Vaccine operations Central Provinces 1900-1911 - 1900-1911
Year: 1900
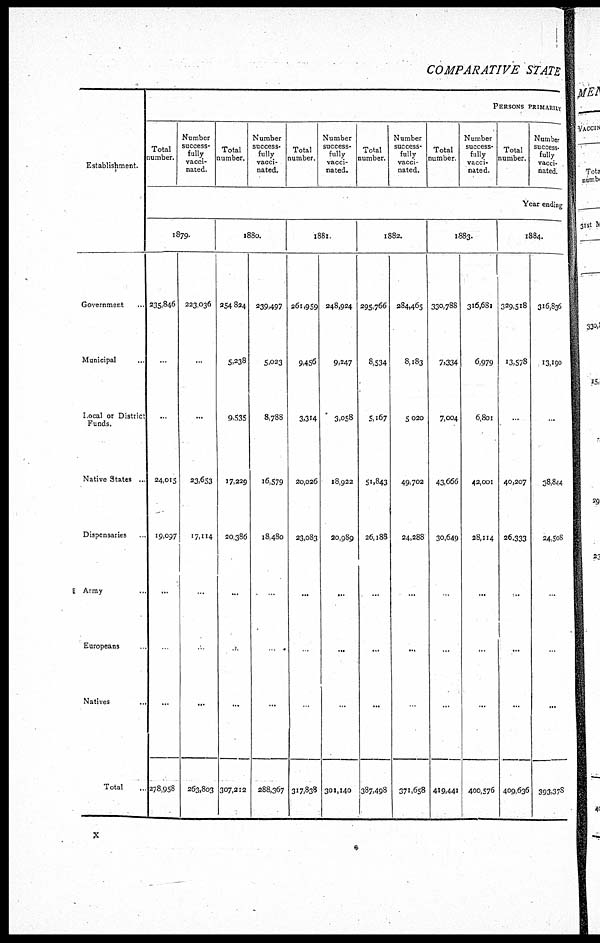
COMPARATIVE STATE
Establishment.
Government ...
Municipal
...
Local or District
Funds.
Native States ...
Dispensaries ...
Army ...
Europeans ...
Natives ...
Total ...
PERSONS PRIMARILY
Total
number.
Number
success¬
fully
vacci¬
nated.
Total
number.
Number
success¬
fully
vacci-
nated.
Total
number.
Number
success¬
fully
vacci-
nated.
Total
number.
Number
success¬
fully
vacci-
nated.
Total
number
Number
success-
fully
vacci-
nated.
Total
number.
Number
success-
fully
vacci-
nated.
Year ending
1879.
235,846
...
...
24,015
19,097
...
...
...
278,958
223,036
...
...
23,653
17,114
...
...
...
263,803
1880.
254,824
5,238
9,535
17,229
20,386
...
...
...
307,212
239,497
5,023
8,788
16,579
18,480
. ...
...
...
288,367
1881.
261,959
9,456
3,314
20,026
23,083
...
...
...
317,838
248,924
9,247
3,058
18,922
20,989
...
...
...
301,140
1882.
295,766
8,534
5,167
51,843
26,188
...
...
...
387,498
284,465
8,183
5,020
49,702
24,288
...
...
...
371,658
1883.
330,788
7,334
7,004
43,666
30,649
...
...
...
419,441
316,681
6,979
6,801
42,001
28,114
...
...
...
400,576
1884.
329,518
13,578
...
40,207
26,333
...
...
...
409,636
316,836
13,190
...
38,844
24,508
...
...
...
393.378
x